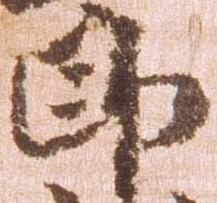
郎